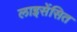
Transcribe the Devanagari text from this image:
लाइसेंसित